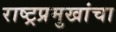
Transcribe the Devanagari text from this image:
राष्ट्रप्रमुखांचा